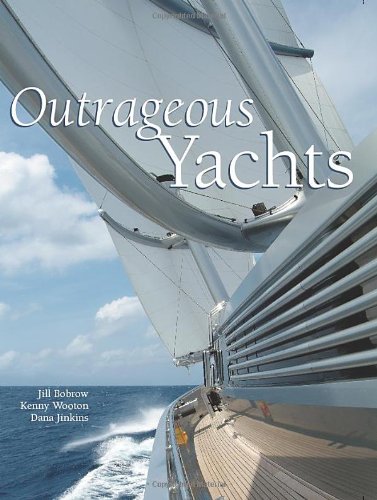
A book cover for Outrageous Yachts; Jill Bobrow; Arts & Photography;